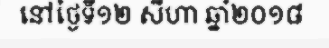
នៅថ្ងៃទី១២ សីហា ឆ្នាំ២០១៨